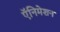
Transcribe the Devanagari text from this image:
ऍनिमेशन